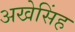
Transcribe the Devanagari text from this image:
अखेसिंह